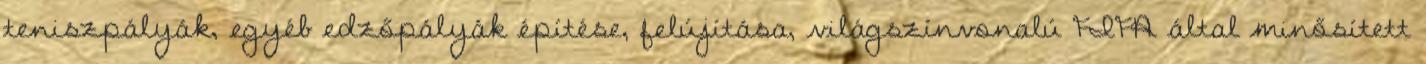
teniszpályák, egyéb edzőpályák építése, felújítása, világszínvonalú FIFA által minősített